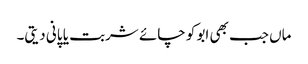
ماں جب بھی ابو کو چائے شربت یا پانی دیتی۔